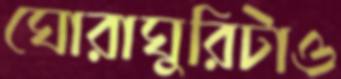
ঘোরাঘুরিটাও